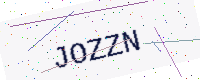
Text: JOZZN